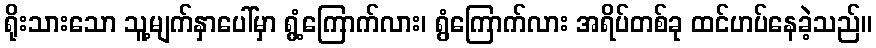
ရိုးသားသော သူ့မျက်နှာပေါ်မှာ ရွံ့ကြောက်လား၊ ရွံကြောက်လား အရိပ်တစ်ခု ထင်ဟပ်နေခဲ့သည်။